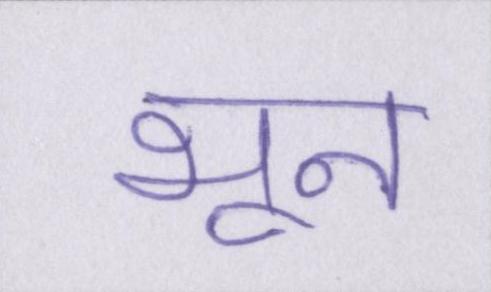
भून